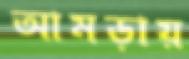
আমড়ায়